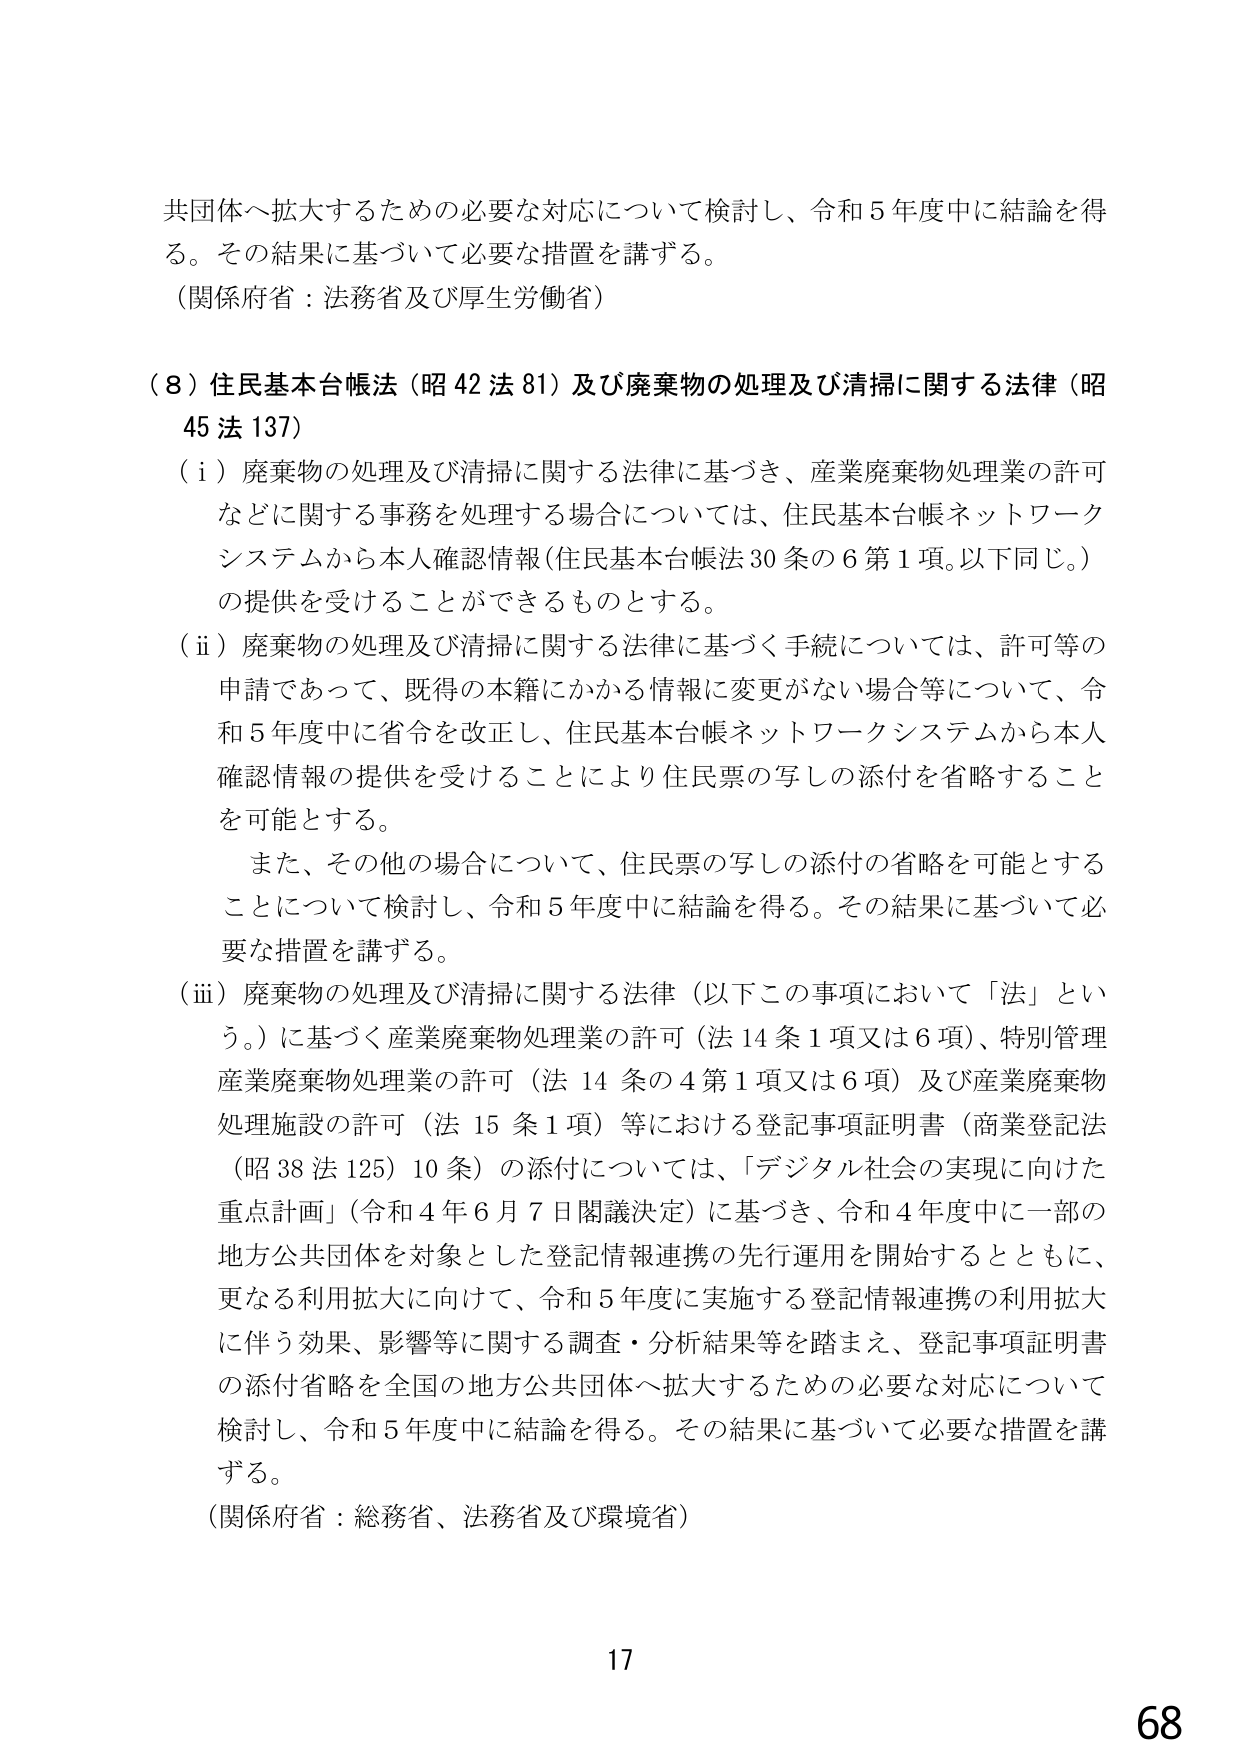
共団体へ拡大するための必要な対応について検討し、令和５年度中に結論を得る。その結果に基づいて必要な措置を講ずる。
（関係府省：法務省及び厚生労働省）

（８）住民基本台帳法（昭42法81）及び廃棄物の処理及び清掃に関する法律（昭45法137）
（ⅰ）廃棄物の処理及び清掃に関する法律に基づき、産業廃棄物処理業の許可などに関する事務を処理する場合については、住民基本台帳ネットワークシステムから本人確認情報（住民基本台帳法30条の6第1項。以下同じ。）の提供を受けることができるものとする。
（ⅱ）廃棄物の処理及び清掃に関する法律に基づく手続については、許可等の申請であって、既得の本籍にかかる情報に変更がない場合等について、令和５年度中に省令を改正し、住民基本台帳ネットワークシステムから本人確認情報の提供を受けることにより住民票の写しの添付を省略することを可能とする。
　また、その他の場合について、住民票の写しの添付の省略を可能とすることについて検討し、令和５年度中に結論を得る。その結果に基づいて必要な措置を講ずる。
（ⅲ）廃棄物の処理及び清掃に関する法律（以下この事項において「法」という。）に基づく産業廃棄物処理業の許可（法14条1項又は6項）、特別管理産業廃棄物処理業の許可（法14条の4第1項又は6項）及び産業廃棄物処理施設の許可（法15条1項）等における登記事項証明書（商業登記法（昭38法125）10条）の添付については、「デジタル社会の実現に向けた重点計画」（令和4年6月7日閣議決定）に基づき、令和4年度中に一部の地方公共団体を対象とした登記情報連携の先行運用を開始するとともに、更なる利用拡大に向けて、令和5年度に実施する登記情報連携の利用拡大に伴う効果、影響等に関する調査・分析結果等を踏まえ、登記事項証明書の添付省略を全国の地方公共団体へ拡大するための必要な対応について検討し、令和5年度中に結論を得る。その結果に基づいて必要な措置を講ずる。
（関係府省：総務省、法務省及び環境省）

17
68